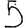
Digit: 5